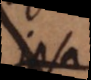
Ipsa